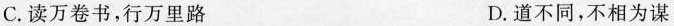
C.读万卷书，行万里路 D.道不同，不相为谋